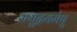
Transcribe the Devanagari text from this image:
समुद्रयमेषु